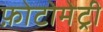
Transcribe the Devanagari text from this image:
फ़ोटोमेट्री